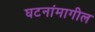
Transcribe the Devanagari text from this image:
घटनांमागील